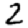
Digit: 2